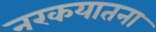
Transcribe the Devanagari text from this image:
नरकयातना